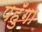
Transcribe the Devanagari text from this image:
पहुँगा